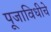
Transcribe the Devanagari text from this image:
पूजाविधीचे